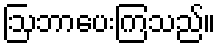
ဩဘာပေးကြသည်။